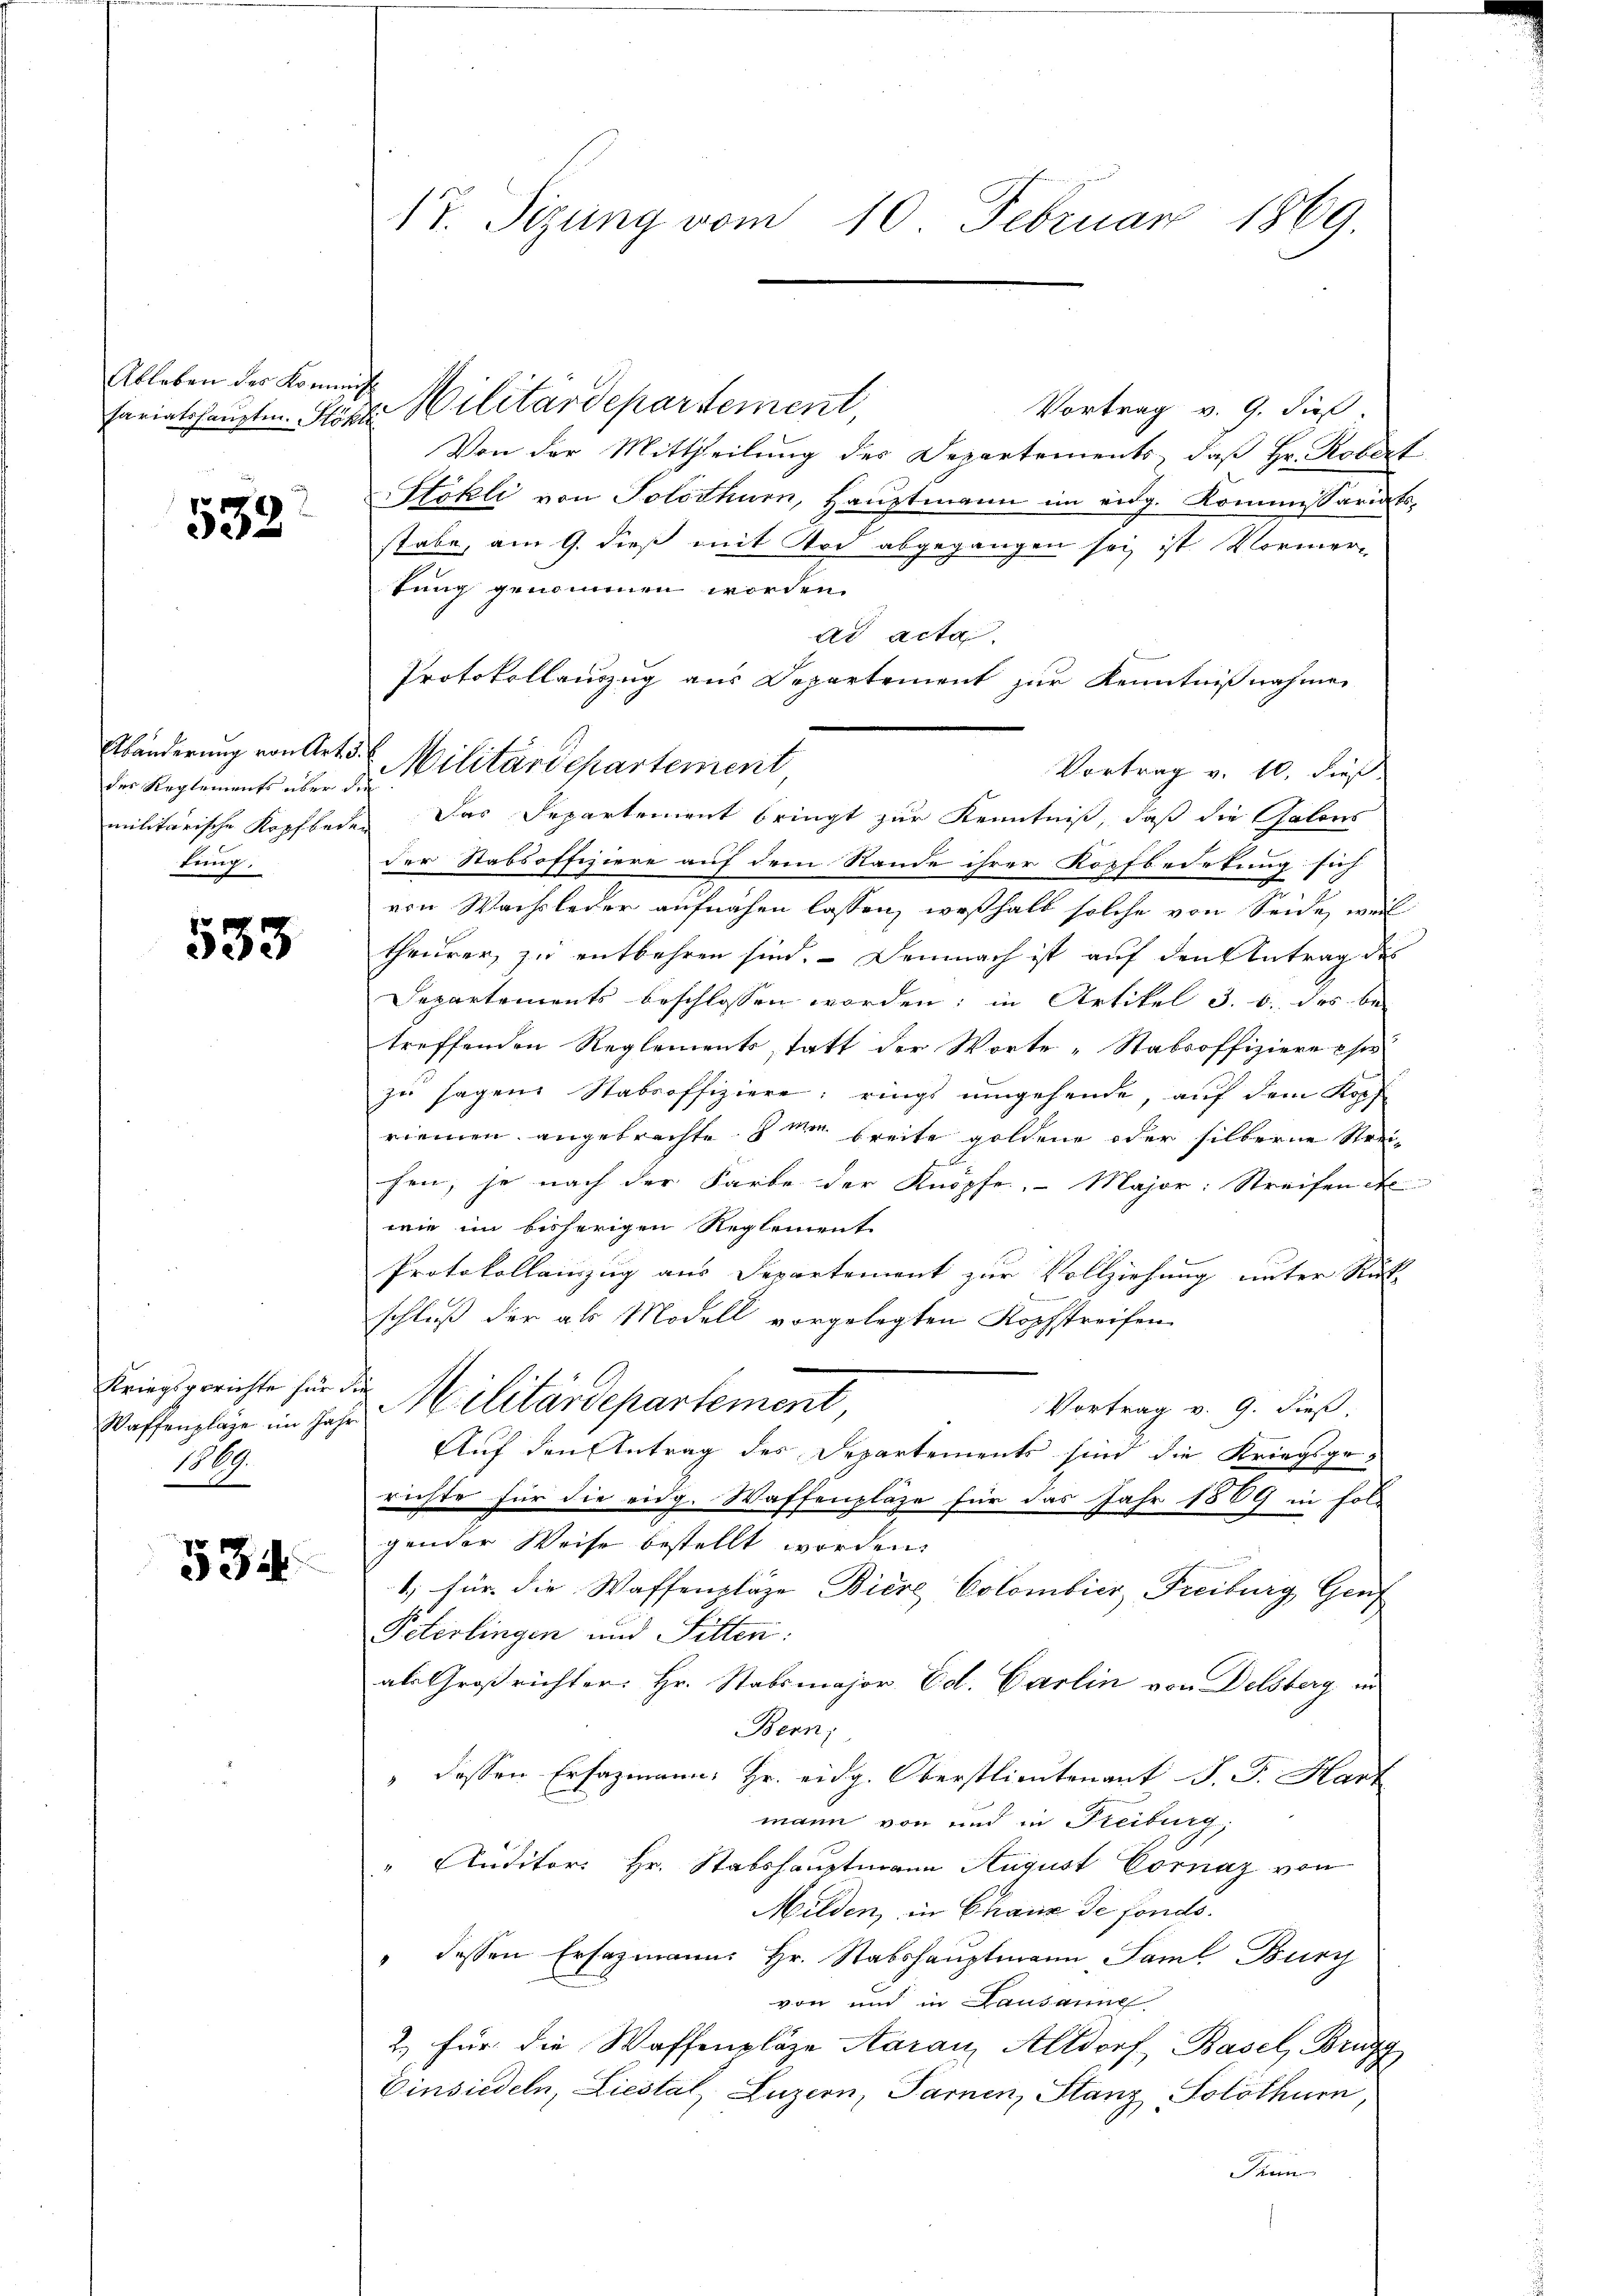
Ableben des Kommissi

539

des Reglements über die
tung.

533

Kriegsgerichte für die
1869.
n

534

17. Sizung vom 10. Februar 1869.

Vortrag v. 9. dieß.
Von der Mittheilung des Departements, daß Hr. Robert
Hökli von Solothurn, Hauptmann im eidg. Kommissariats,
stabe, am 9. dieß mit Tod abgegangen sei ist. Vormer-
tung genommen worden.
ad acta.
Protokollauszug aus Departement zur Kenntnißnahme
Vortrag v. 10. dieß
militärische Kopfbeden Das Departement bringt zur Kenntniß, daß die Galons
der Stabsoffiziere auf dem Stande ihrer Kopfbedrtung sich
von Wachsleder aufnahen lassen, weßhalb solche von Seide, weil
theurer, zu entbehren sind. Demnach ist auf den Antrag des
Departements beschlossen worden; in Artikel 3. b. des be-
treffenden Reglements, statt der Worte „Stabsoffiziere es
zu sagen Stabsoffiziere; rings umgehende, auf dem Kopf
riemen angebrachte den breite goldene oder silberne Streihen; je nach der Farbe der Knöpfe. Major: Streifen d
wie im bisherigen Reglement
Protokolleinzug aus Separtement zur Vollziehung unter Rück
schluß der als Modell vorgelegten Kopfstreifen
Vortrag v. 9. dieß,
Waffenpläge im Jahr. Militärdepartement,
Auf den Antrag des Departements sind die Kriegsge-
richte für die eidg. Waffenplage für das Jahr 1889 in Folgender Weise bestellt worden.
1; für die Waffenpläge Biere Colombier, Freiburg, Genf
Peterlingen und Sitten:
als Großrichter: Hr. Stabsmajor. Ed. Carlin von Delsberg in
Bern,
" dessen Ersazmann: Hr. eidg. Oberstlieutenant J. J. Hart
mann von und in Freiburg,
" Auditor Hr. Stabshauptmann August Cornaz von
Milden, in Chaux de fonds.
" dessen Ersazmanns Hr. Stabshauptmann Saml Burg
von und in Lausanne
2. für die Waffenplaze Aaran Altdorf Basel, Brugg
Einsiedeln, Liestal, Luzern, Farnen, Stanz Solothurn,
Prun

fariatshauptm. Stönte Militärdepartement,

Abänderung von Art d. 2. Militärdepartement